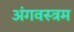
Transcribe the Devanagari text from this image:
अंगवस्त्रम